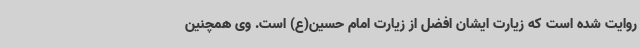
روایت شده است که زیارت ایشان افضل از زیارت امام حسین(ع) است. وی همچنین